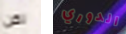
لكن الدوري